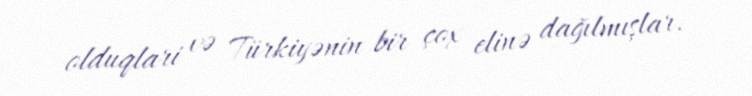
olduqlari və Türkiyənin bir çox elinə dağılmışlar.